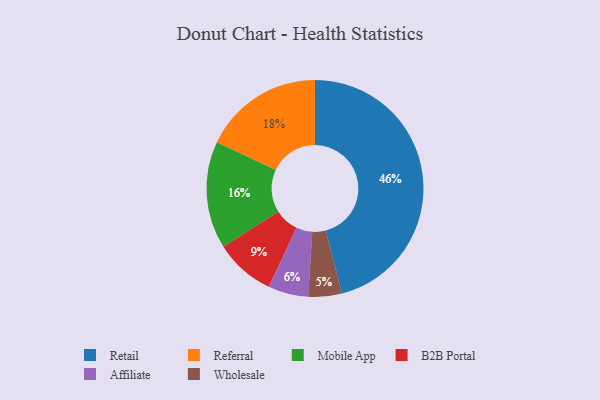
{"axis": {"x": "Category", "y": "Percentage"}, "legend": ["Affiliate", "B2B Portal", "Mobile App", "Referral", "Retail", "Wholesale"], "data": [{"x": "Retail", "y": 46, "type": "Retail"}, {"x": "Referral", "y": 18, "type": "Referral"}, {"x": "Mobile App", "y": 16, "type": "Mobile App"}, {"x": "B2B Portal", "y": 9, "type": "B2B Portal"}, {"x": "Affiliate", "y": 6, "type": "Affiliate"}, {"x": "Wholesale", "y": 5, "type": "Wholesale"}]}